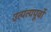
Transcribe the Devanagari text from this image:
उत्पत्यपूर्वो